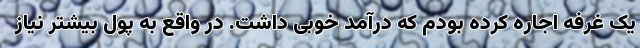
یک غرفه اجاره کرده بودم که درآمد خوبی داشت. در واقع به پول بیشتر نیاز